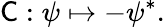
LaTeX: {\mathsf{C}}:\psi\mapsto-\psi^{*}.